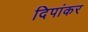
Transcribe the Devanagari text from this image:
दिपांकर